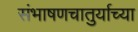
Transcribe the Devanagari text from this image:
संभाषणचातुर्याच्या